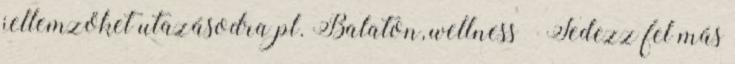
jellemzőket utazásodra pl. Balaton, wellness × Fedezz fel más